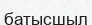
батысшыл